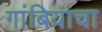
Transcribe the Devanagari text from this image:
गांबियाचा